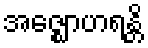
အဇ္ဈောဟရန္တိ